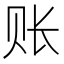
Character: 账